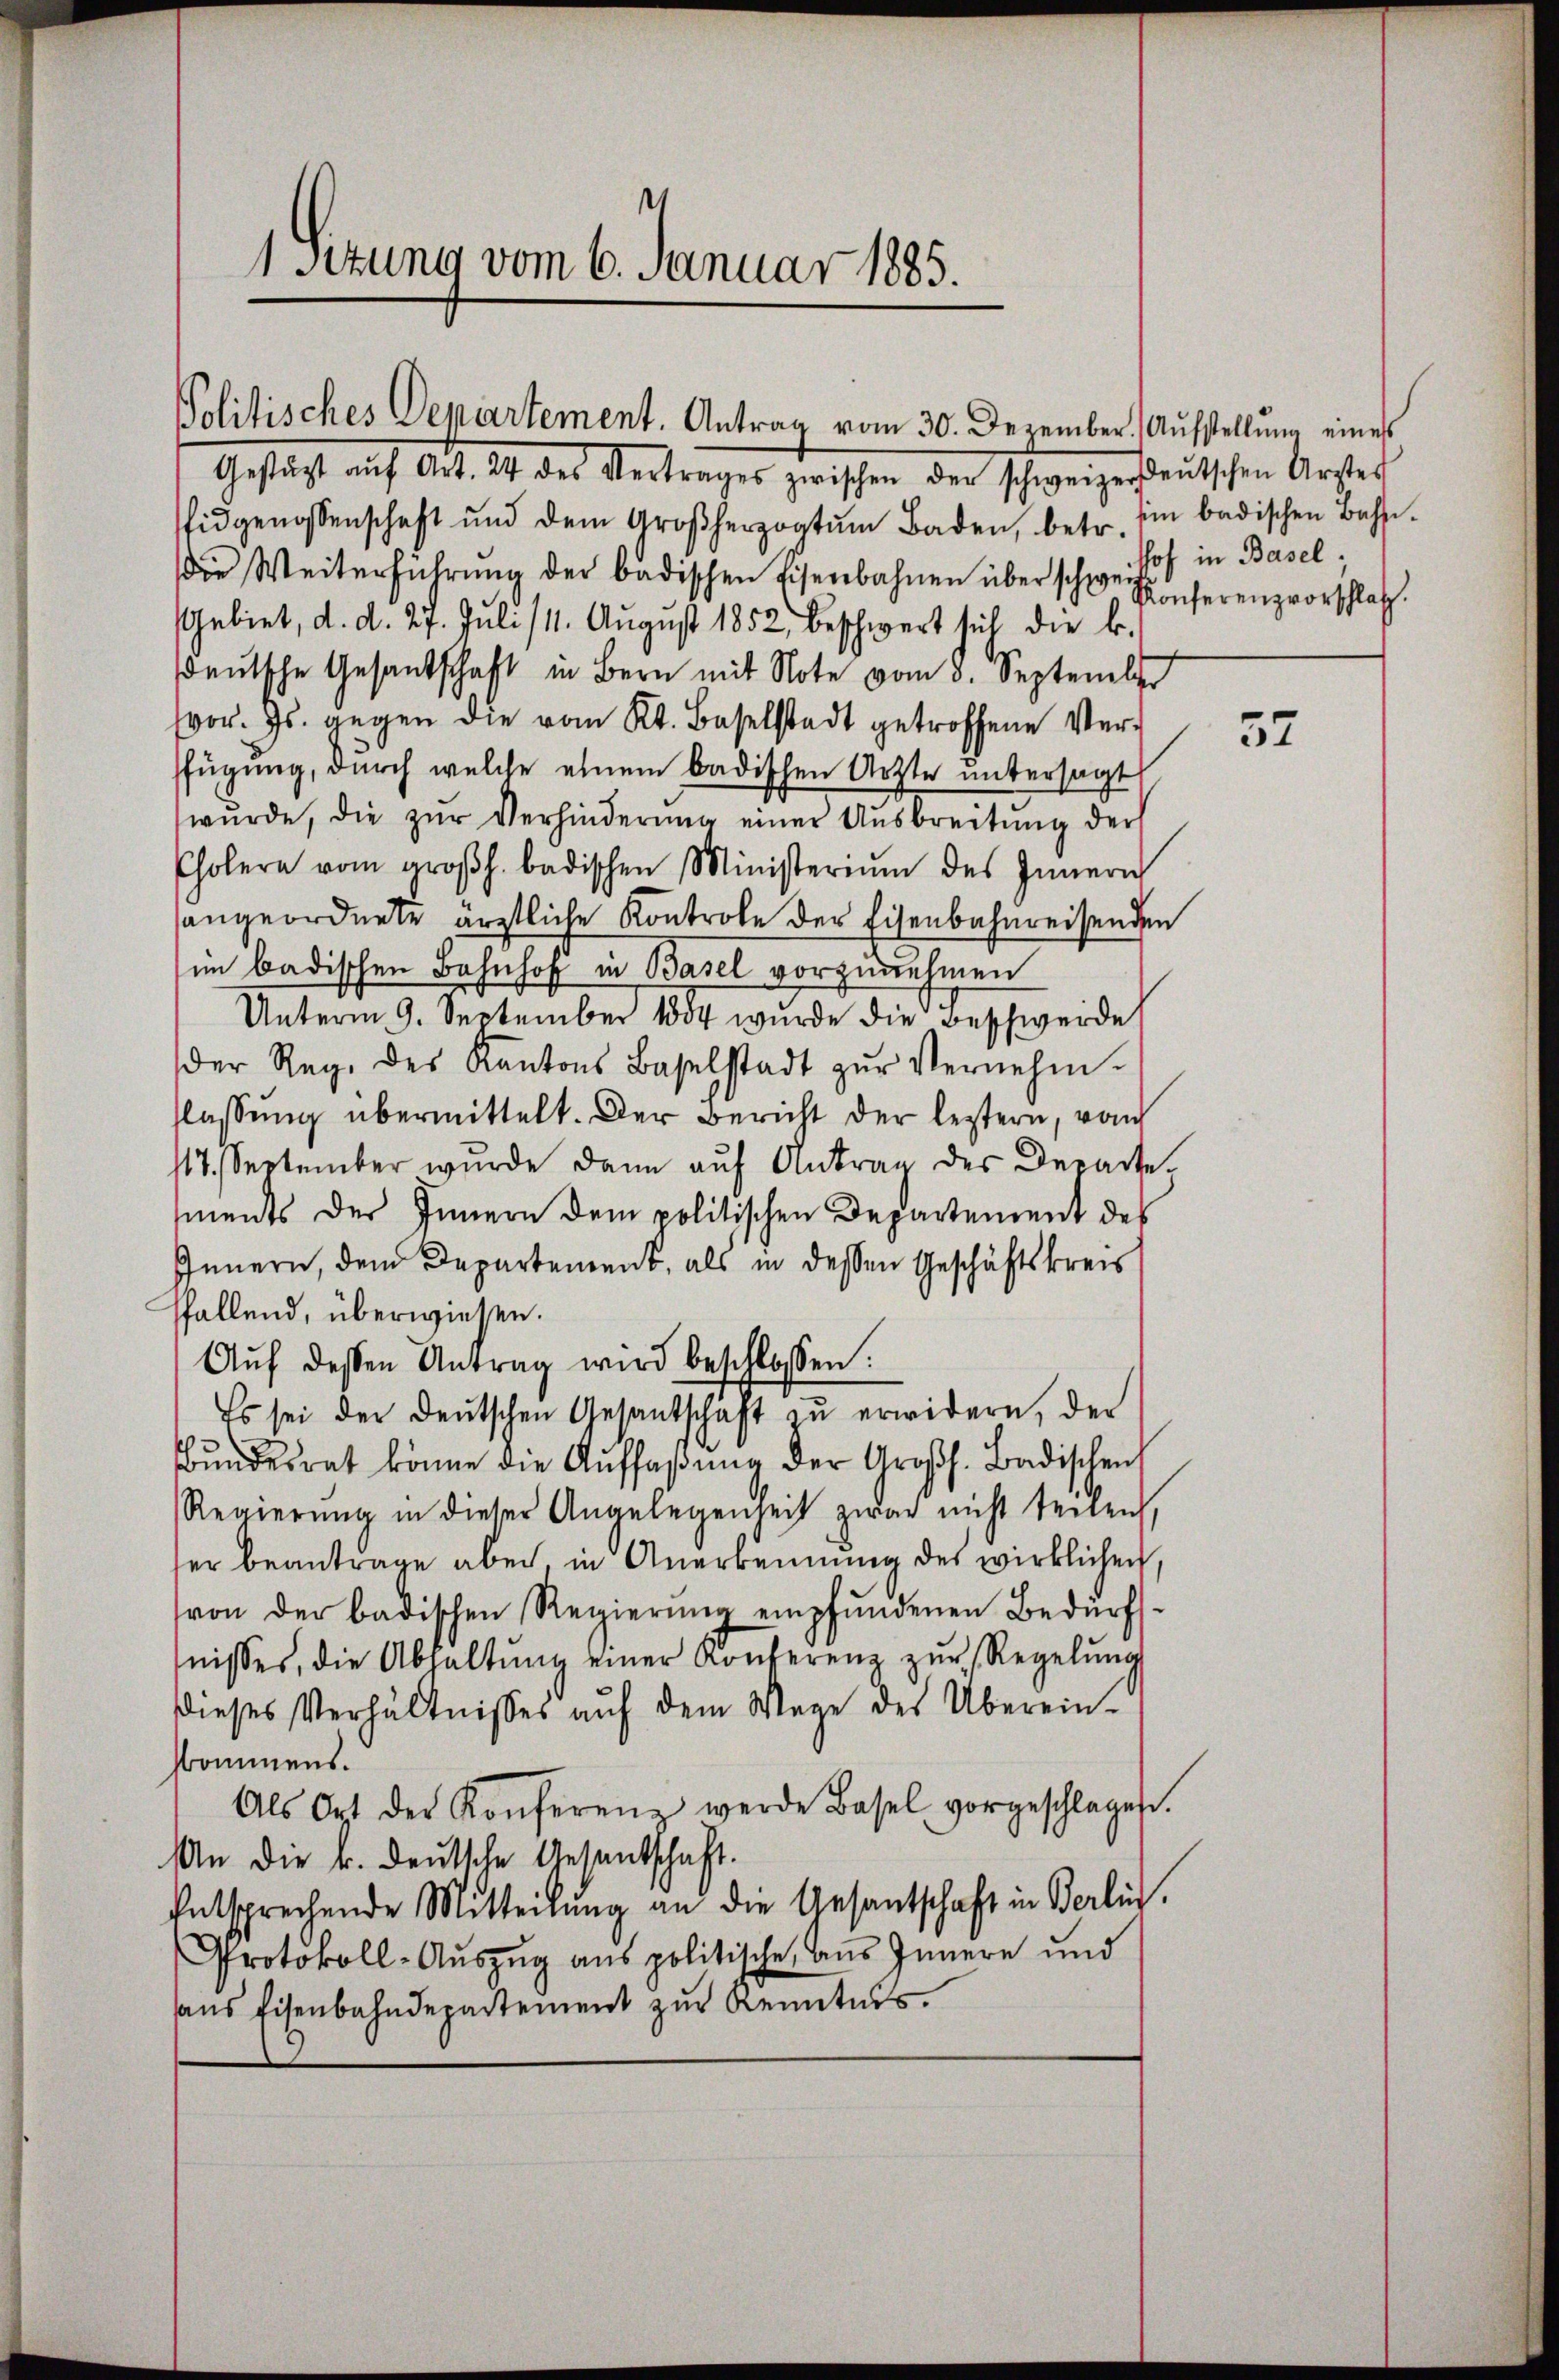
1sizung vom 6. Januar 1885.

Politisches Departement. Antrag vom 30. Dezember. Aŭfstellŭng eines

Gestagt auf Art. 24 des Vertrages zwischen der schweizer deutschen Arster
Eidgenossenschaft und dem Großherzogtŭm Baden, betr. Ein badischen Bahn.
Die Weiterführung der badischen Eisenbahnen über schwe Hof in Basel
Gebiet, d. d. 27. Juli /11. August 1852, beschwert sich die k.
deŭtsche Gesandschaft in Bern mit Note vom 8. September
vor. Js. gegen die vom Kt. Baselstadt getroffene Ver-
fügung, durch welche einem badischen Ärzte untersagt
wŭrde, die zŭr Verhinderung einer Ausbreitung der
Cholern vom groβh. badischen Ministeriŭm des Innern
angeordnete ärztliche Kontrole der Eisenbahnweisenden
im badischen Bahnhof in Basel vorzunehmen
Unterm 9. September 1884 wurde die Beschwerde
der Reg. des Kantons Baselstadt zŭr Vernehm-
flassung übermittelt. Der Bericht der leztern, von
17. September wurde dann aŭf Antrag des Departe.
ments der Innern dem politischen Departement des
Innern, dem Departement, als in dessen Geschäftskreis
ffallend, überwiesen.
Aŭf dessen Antrag wird beschlossen:
Es sei der deutschen Gesandschaft zŭ erwidern, der
Bŭndesrat könne die Aŭffaβŭng der Großh. Badischen
Regierŭng in dieser Angelegenheit zwar nicht tenen,
her beantrage aber in Anerkennung des wirklichen,
von der badischen Regierŭng empfŭndenen Bedürf-
nisses, die Abhaltŭng einer Konferenz zŭr Regelŭng
dieses Verhältnisses aŭf dem Wege des Überein-
hommens.
Als Ort der Konferenz werde Basel vorgeschlagen.
An die k. deutsche Gesantschaft.
entsprechende Mitteilŭng an die Gesantschaft in Berli
Protokoll-Auszug aus politische aus Innern und
ans Eisenbahndepartement zŭr Kenntnis.

Konferenzvorschlaf.

52